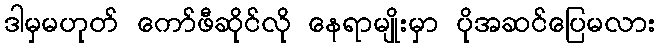
ဒါမှမဟုတ် ကော်ဖီဆိုင်လို နေရာမျိုးမှာ ပိုအဆင်ပြေမလား